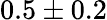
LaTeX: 0.5\pm 0.2